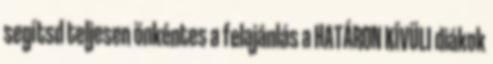
segítsd teljesen önkéntes a felajánlás a HATÁRON KÍVÜLI diákok